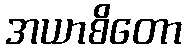
အယာစိတော